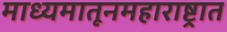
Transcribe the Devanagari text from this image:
माध्यमातूनमहाराष्ट्रात